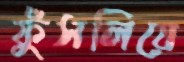
ফুঁসলিয়ে